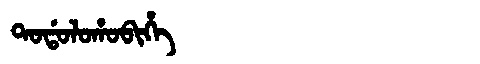
Manchu: ᡨᠣᡩᠣᠯᠣᡥᠣᠪᡳᡥᡝ
Romanization: TODOLOHOBIHE